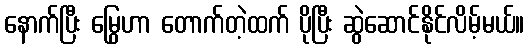
နောက်ပြီး မြွေဟာ တောက်တဲ့ထက် ပိုပြီး ဆွဲဆောင်နိုင်လိမ့်မယ်။